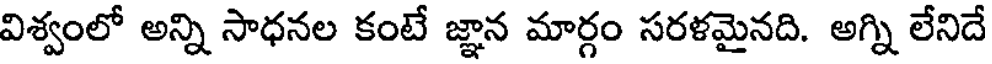
విశ్వంలో అన్ని సాధనల కంటే జ్ఞాన మార్గం సరళమైనది. అగ్ని లేనిదే